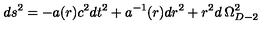
d s ^ { 2 } = - a ( r ) c ^ { 2 } d t ^ { 2 } + a ^ { - 1 } ( r ) d r ^ { 2 } + r ^ { 2 } d \: \Omega _ { D - 2 } ^ { 2 }